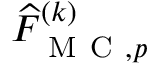
\widehat { F } _ { \mathrm { ~ M ~ C ~ } , p } ^ { ( k ) }